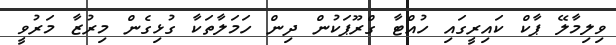
ވިލިމާލޭ ޕާކް ކައިރީގައި ހުއްޓާ ގްރޫޕަކުން ދިން ހަމަލާތަކާ ގުޅިގެން މިރުޒާ މަރުވީ